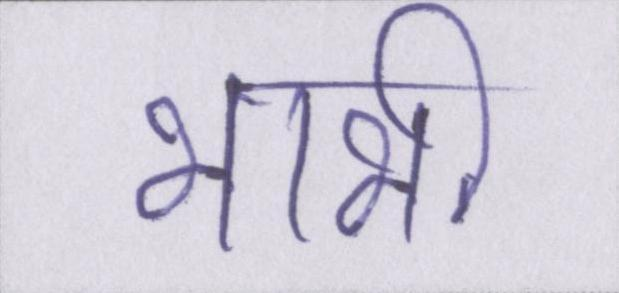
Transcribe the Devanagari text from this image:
भाभी